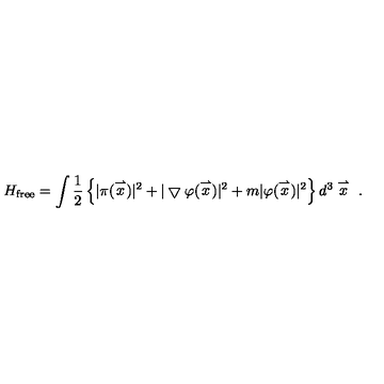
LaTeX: H _ { \mathrm { f r e e } } = \int \frac { 1 } { 2 } \left\{ | \pi ( \stackrel { \rightharpoonup } { x } ) | ^ { 2 } + | \bigtriangledown \varphi ( \stackrel { \rightharpoonup } { x } ) | ^ { 2 } + m | \varphi ( \stackrel { \rightharpoonup } { x } ) | ^ { 2 } \right\} d ^ { 3 } \stackrel { \rightharpoonup } { x } \ .